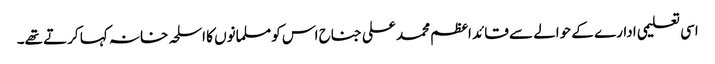
اسی تعلیمی ادارے کے حوالے سے قائد اعظم محمد علی جناح اس کو مسلمانوں کا اسلحہ خانہ کہا کرتے تھے۔